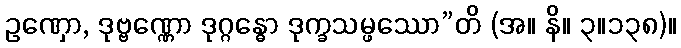
ဥဏှော, ဒုဗ္ဗဏ္ဏော ဒုဂ္ဂန္ဓော ဒုက္ခသမ္ဖဿော”တိ (အ။ နိ။ ၃။၁၃၈)။